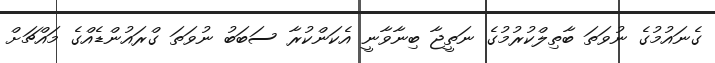
ގެނައުމުގެ ނުވަތަ ބާތިލްކުރުމުގެ ނަތީޖާ ބިނާވާނީ އެކަންކުރާ ސަބަބު ނުވަތަ ގްރައުންޑެއްގެ މައްޗަށް